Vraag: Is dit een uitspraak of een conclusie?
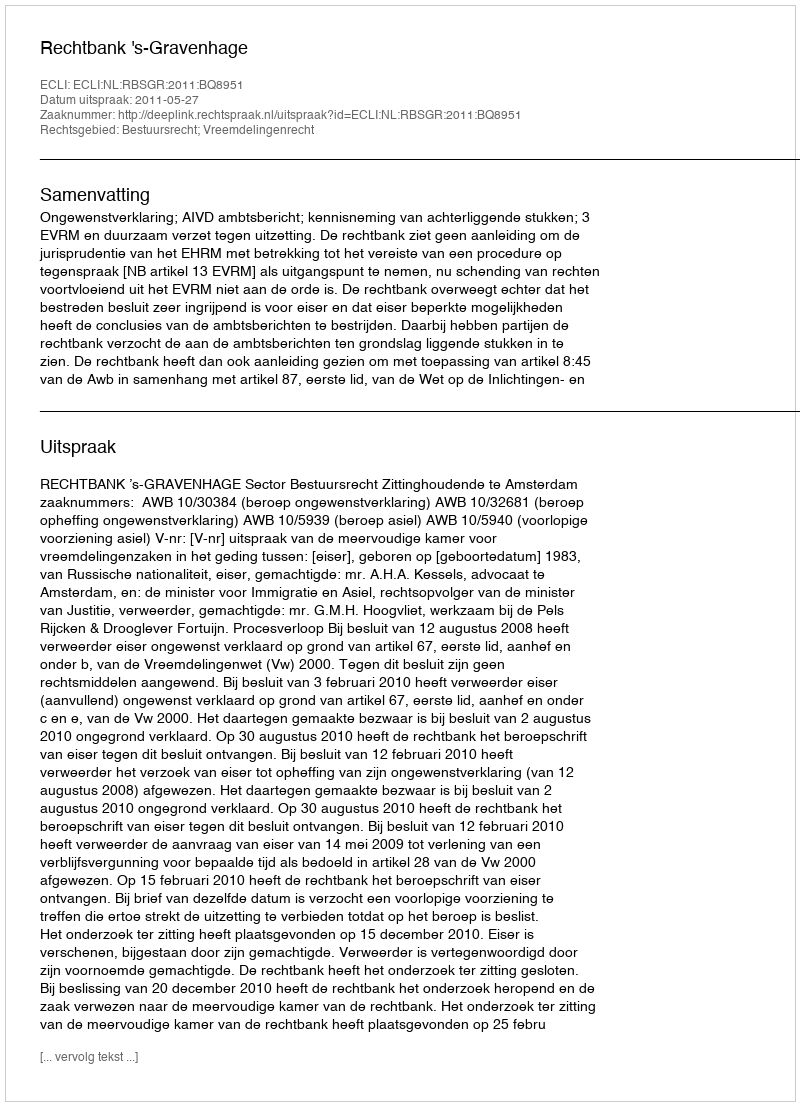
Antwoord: Uitspraak